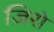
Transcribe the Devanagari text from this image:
जिरो